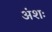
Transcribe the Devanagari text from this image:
अंशः